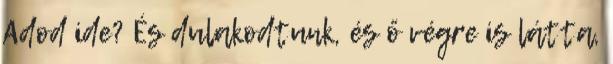
Adod ide? És dulakodtunk, és ő végre is látta,